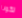
تكونا